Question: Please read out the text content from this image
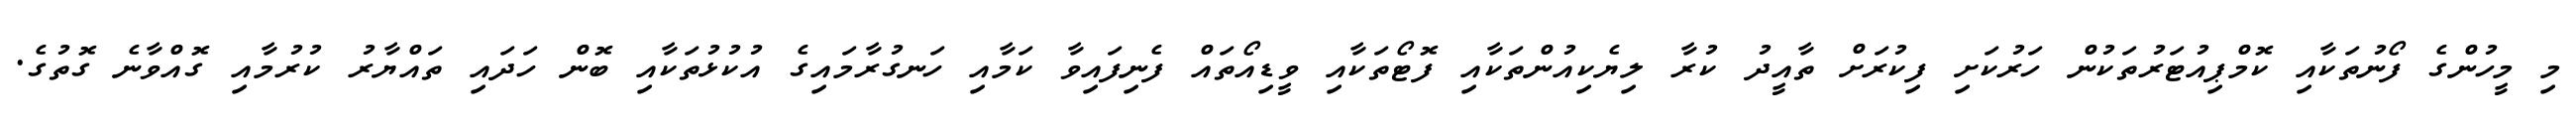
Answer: މި މީހުންގެ ފޯނުތަކާއި ކޮމްޕިއުޓަރުތަކުން ހަރުކަށި ފިކުރަށް ތާއީދު ކުރާ ލިޔެކިއުންތަކާއި ފޮޓޯތަކާއި ވީޑިއޯތައް ފެނިފައިވާ ކަމާއި ހަނގުރާމައިގެ އުކުޅުތަކާއި ބޮން ހަދައި ތައްޔާރު ކުރުމާއި ގޮއްވާނެ ގޮތުގެ.